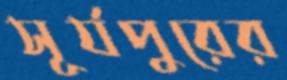
সূর্যপুরের